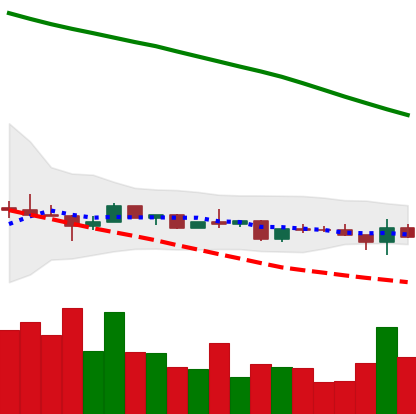
Ticker: ETC-USD
Chart end date: 2022-12-14
Forward return: -19.294%
Label: down_7plus